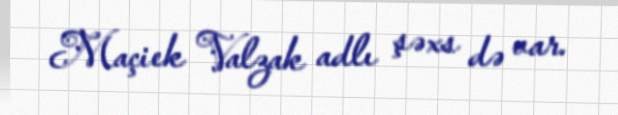
Maçiek Valzak adlı şəxs də var.